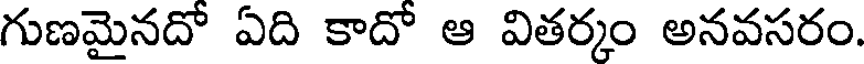
గుణమైనదో ఏది కాదో ఆ వితర్కం అనవసరం.